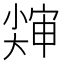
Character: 𱚨